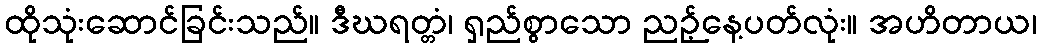
ထိုသုံးဆောင်ခြင်းသည်။ ဒီဃရတ္တံ၊ ရှည်စွာသော ညဉ့်နေ့ပတ်လုံး။ အဟိတာယ၊